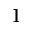
1